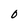
Character: 0